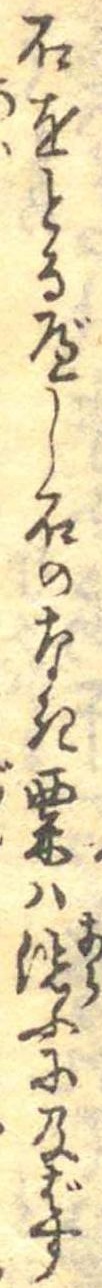
石をとるべし石のなき粟は洗ふに及ばす